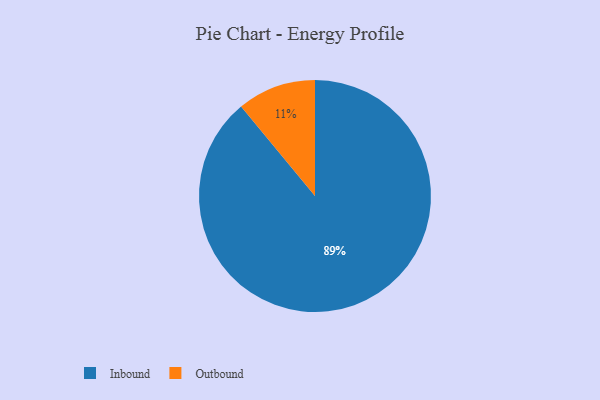
{"axis": {"x": "Category", "y": "Percentage"}, "legend": ["Inbound", "Outbound"], "data": [{"x": "Outbound", "y": 11, "type": "Outbound"}, {"x": "Inbound", "y": 89, "type": "Inbound"}]}